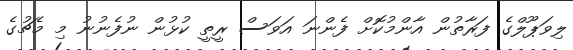
ލިވަޕޫލްގެ ފަރާތުން އާންމުކޮށް ފެންނަ އަވަސް ރީތީ ކުޅުން ނުފެނުނު މި މެޗުގެ